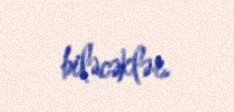
biləcəklər.